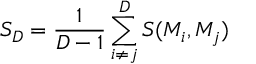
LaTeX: S _ { D } = \frac { 1 } { D - 1 } \sum _ { i \neq j } ^ { D } S ( M _ { i } , M _ { j } )